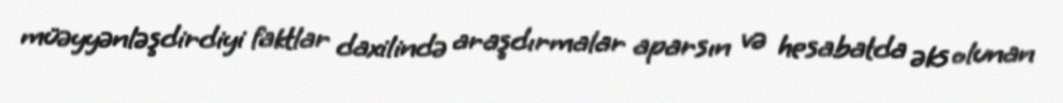
müəyyənləşdirdiyi faktlar daxilində araşdırmalar aparsın və hesabatda əks olunan